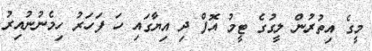
މީގެ އިތުރުން ލީގުގެ ޓީމު އޮފް ދި އިޔާގައި ހަ ފަހަރު ހިމެނުނުއިރު